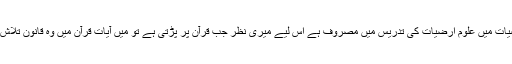
راقم الحروف گذشتہ25سال سے جامعہ کراچی کے شعبۂ ارضیات میں علومِ ارضیات کی تدریس میں مصروف ہے اس لیے میری نظر جب قرآن پر پڑتی ہے تو میں آیات قرآن میں وہ قانون تلاش کرتاہوں جو زمین کی پیدائش اوراس کے ارتقاسے متعلق ہیں۔